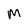
Character: M